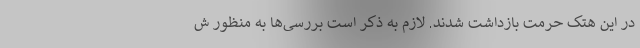
در این هتک حرمت بازداشت شدند. لازم به ذکر است بررسی‌ها به منظور ش